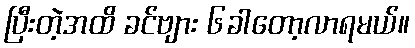
ပြီးတဲ့အထိ ခင်ဗျား ၆ခါတော့လာရမယ်။